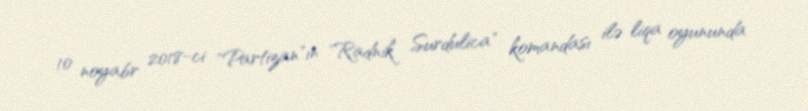
10 noyabr 2018-ci "Partizan"ın "Radnik Surdulica" komandası ilə liqa oyununda